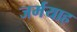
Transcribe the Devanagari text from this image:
जर्मयाह